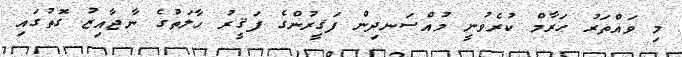
މި ވައްތަރު ޙަރާމް ކުރެވުނީ މުއްސަނދިން ފަޤީރުންގެ ފަޤީރު ޙާލަތުގެ ނާޖާއިޒު ގޮތުގައި